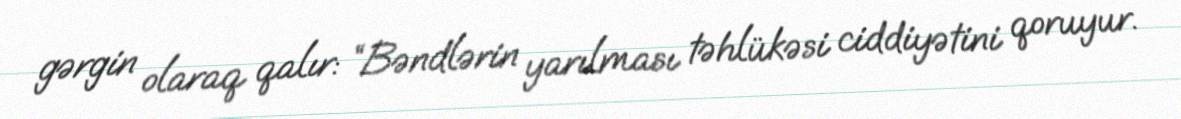
gərgin olaraq qalır: “Bəndlərin yarılması təhlükəsi ciddiyətini qoruyur.